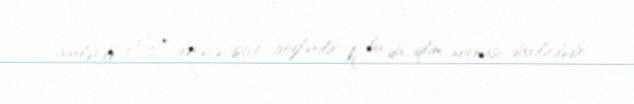
günlərdə 25-27 dərəcə isti) gözlənilir ki, bu da iqlim norması daxilindədir.